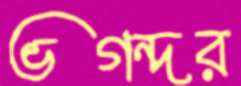
ভগন্দর